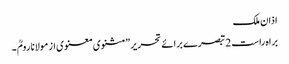
اذان ملک
براہ راست 2 تبصرے برائے تحریر ”مثنوی معنوی از مولانا رومؒ ۔